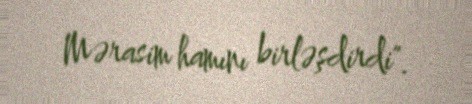
Mərasim hamını birləşdirdi".